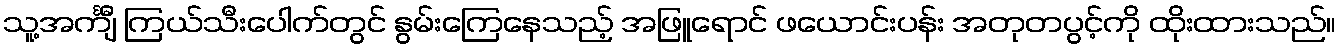
သူ့အင်္ကျီ ကြယ်သီးပေါက်တွင် နွမ်းကြေနေသည့် အဖြူရောင် ဖယောင်းပန်း အတုတပွင့်ကို ထိုးထားသည်။